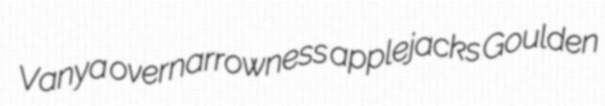
Vanya overnarrowness applejacks Goulden